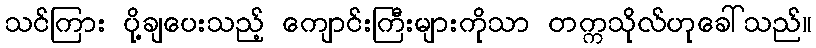
သင်ကြား ပို့ချပေးသည့် ကျောင်းကြီးများကိုသာ တက္ကသိုလ်ဟုခေါ်သည်။